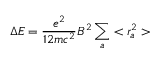
\Delta E = \frac { e ^ { 2 } } { 1 2 m c ^ { 2 } } B ^ { 2 } \sum _ { a } < r _ { a } ^ { 2 } >